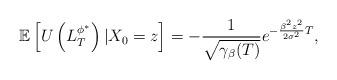
LaTeX: \begin{align*} \mathbb{E}\left[U\left(L_T^{{\phi}^*}\right)|X_0=z\right]=-\frac{1}{\sqrt{\gamma_\beta(T)}}e^{-\frac{\beta^2z^2}{2\sigma^2}T}, \end{align*}